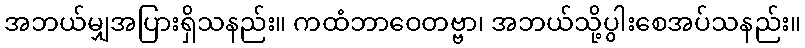
အဘယ်မျှအပြားရှိသနည်း။ ကထံဘာဝေတဗ္ဗာ၊ အဘယ်သို့ပွါးစေအပ်သနည်း။